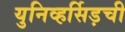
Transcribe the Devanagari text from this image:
युनिव्हर्सिड़ची